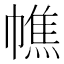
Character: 𢄺